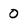
Character: 0